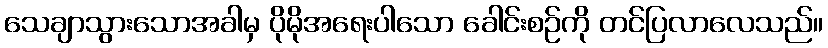
သေချာသွားသောအခါမှ ပိုမိုအရေးပါသော ခေါင်းစဉ်ကို တင်ပြလာလေသည်။